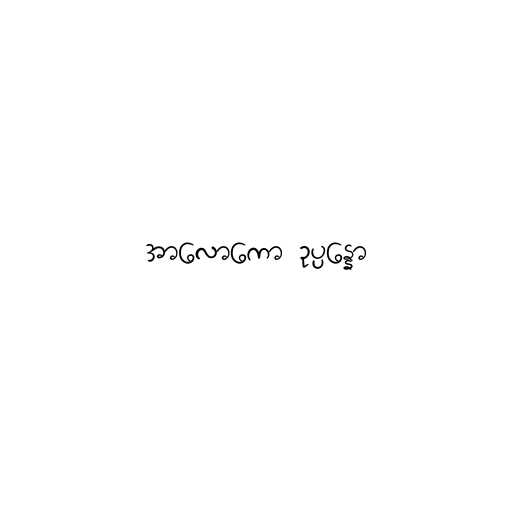
အာလောကော ဥပ္ပန္နော